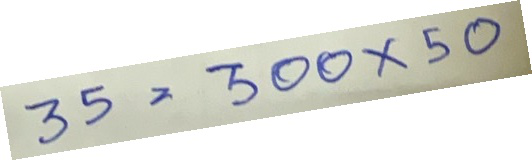
35 = 300x50